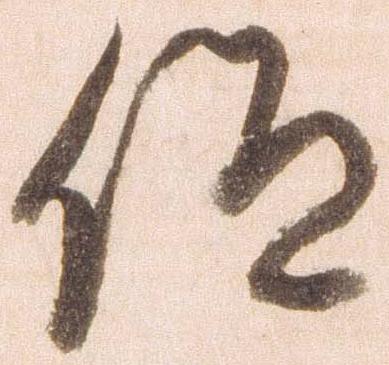
仰